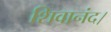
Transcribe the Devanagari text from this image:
शिवानंद।